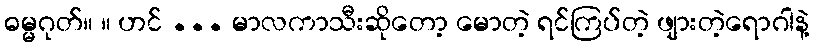
ဓမ္မဂုတ်။ ။ ဟင် ... မာလကာသီးဆိုတော့ မောတဲ့ ရင်ကြပ်တဲ့ ဖျားတဲ့ရောဂါနဲ့